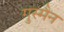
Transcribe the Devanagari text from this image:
गुस्मैन